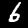
Label: 6